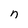
Character: n